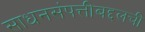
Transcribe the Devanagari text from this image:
साधनसंपत्तीबद्दलची